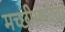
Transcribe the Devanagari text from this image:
मच्छीमारीचा